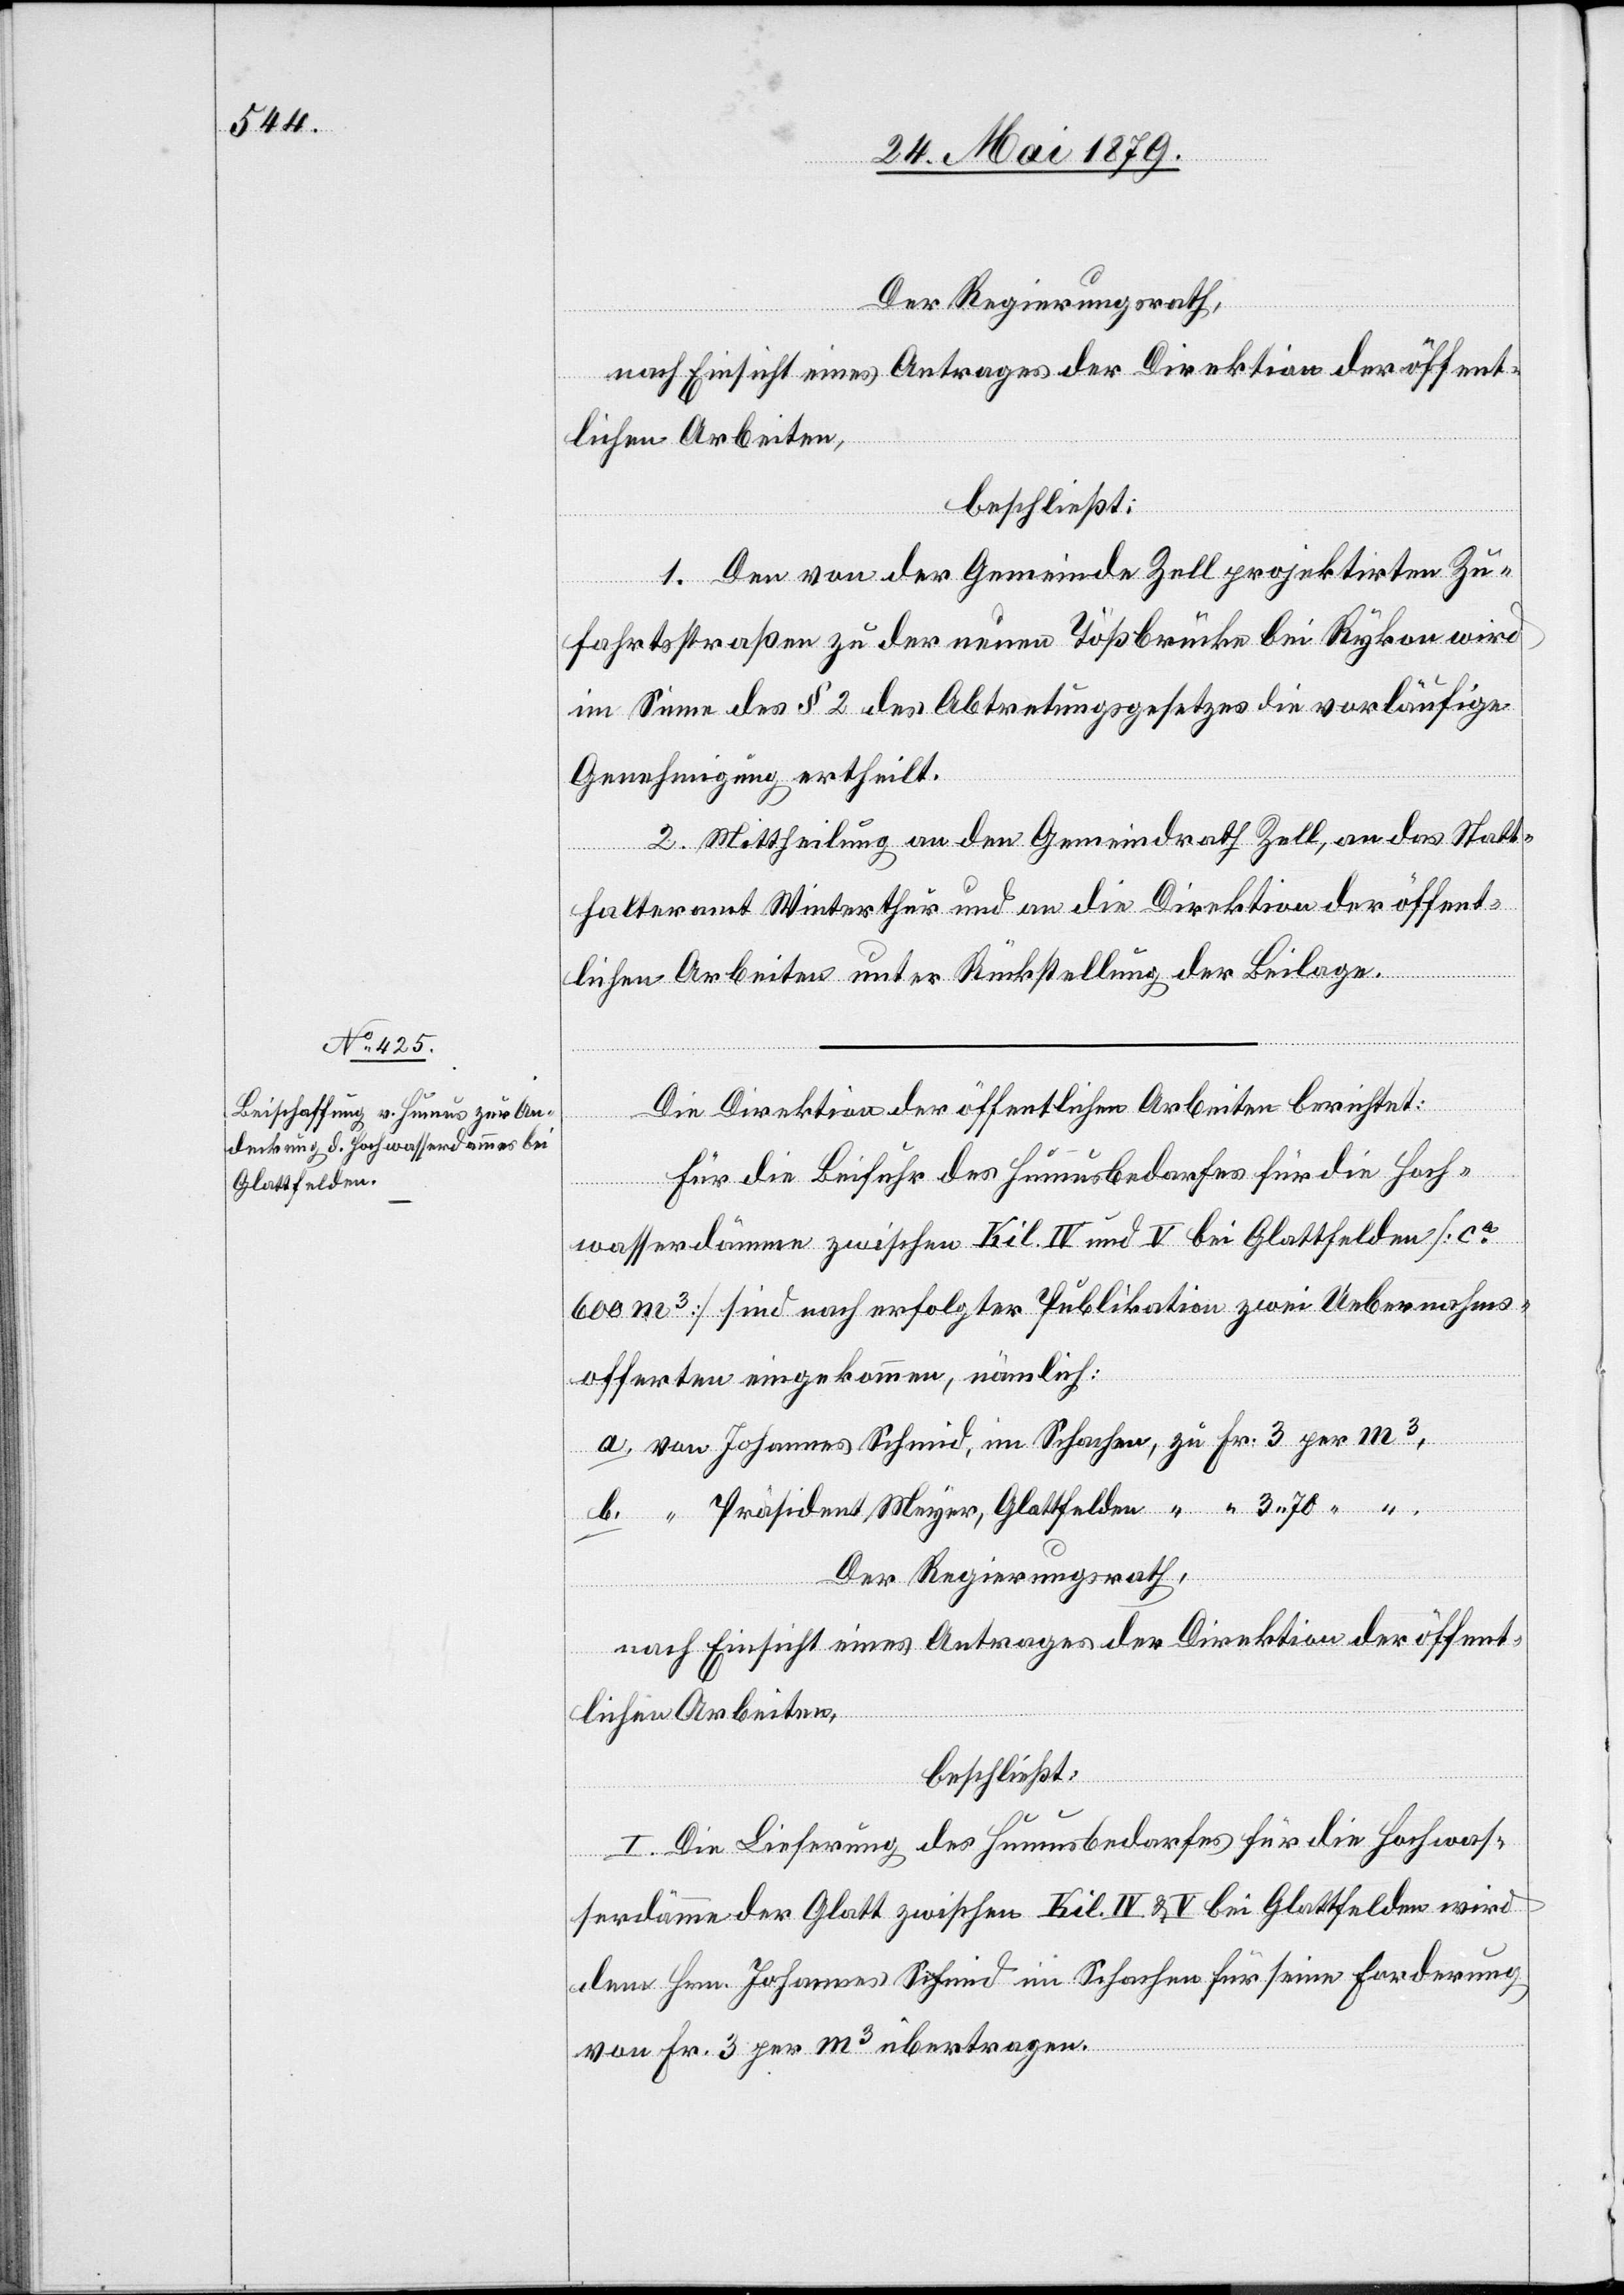
Der Regierungsrath,
nach Einsicht eines Antrages der Direktion der öffent¬
lichen Arbeiten,
beschließt:
1. Den von der Gemeinde Zell projektirten Zu¬
fahrtsstraßen zu der neuen Tößbrücke bei Rykon wird
im Sinne des § 2 des Abtretungsgesetzes die vorläufige
Genehmigung ertheilt.
2. Mittheilung an den Gemeindrath Zell, an das Statt¬
halteramt Winterthur und an die Direktion der öffent¬
lichen Arbeiten unter Rückstellung der Beilage.
Die Direktion der öffentlichen Arbeiten berichtet:
Für die Beifuhr des Humusbedarfes für die Hoch¬
wasserdämme zwischen Kil. IV und V bei Glattfelden [ca
600 m3] sind nach erfolgter Publikation zwei Uebernahms¬
offerten eingekommen, nämlich:
a. von Johannes Schmid, im Schachen, zu Fr. 3 per m3,
b. “ Präsident Meyer, Glattfelden “ “ 3 70 “
Der Regierungsrath,
nach Einsicht eines Antrages der Direktion der öffent¬
lichen Arbeiten,
beschließt:
I. Die Lieferung des Humusbedarfes für die Hochwas¬
serdämme der Glatt zwischen Kil. IV & V bei Glattfelden wird
dem Hrn. Johannes Schmid im Schachen für seine Forderung
von Fr. 3 per m3 übertragen.